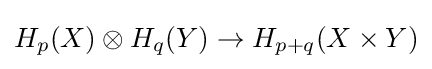
H_{p}(X)\otimes H_{q}(Y)\to H_{p+q}(X\times Y)